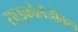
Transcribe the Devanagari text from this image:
साइकोलॅजीकल